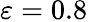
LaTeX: \varepsilon=0.8